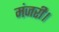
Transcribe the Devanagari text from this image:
मंजरी।